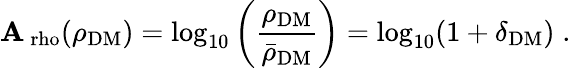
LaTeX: \mathbf{A}_{\mathrm{{\ rho}}}(\rho_{\mathrm{{DM}}})=\log_{10}\left(\frac{{\rho_{\mathrm{{DM}}}}}{{\bar{{\rho}}_{\mathrm{{DM}}}}}\right)=\log_{10}(1+\delta_{\mathrm{{DM}}})\; .